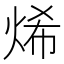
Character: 烯